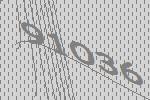
91036